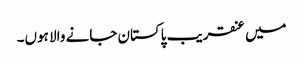
میں عنقریب پاکستان جانے والا ہوں۔